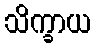
သိက္ခာယ